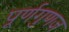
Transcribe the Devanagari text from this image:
पूर्णगुणज